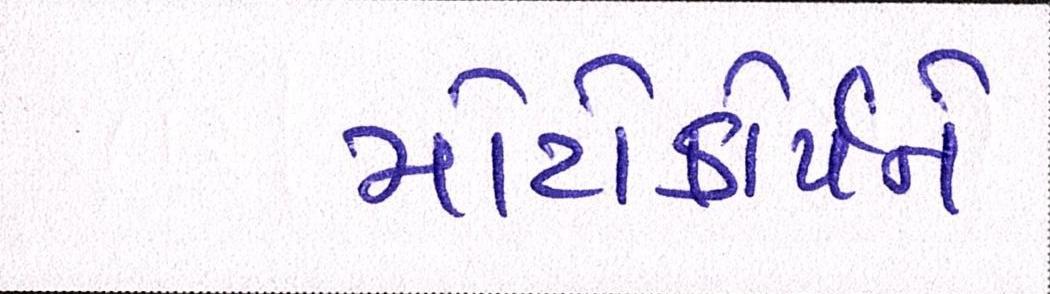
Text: મોટોકોર્પને